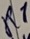
Text: R1